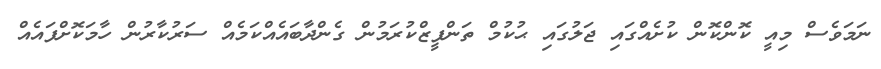
ނަމަވެސް މިއީ ކޮންކޮން ކުށެއްގައި ޖަލުގައި ޙުކުމް ތަންފީޒްކުރަމުން ގެންދާބައެެއްކަމެއް ސަރުކާރުން ހާމަކޮށްފައެއް